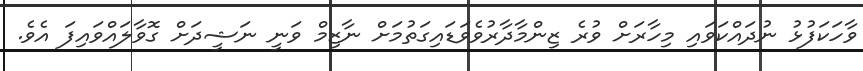
ވާހަކަފުޅު ނުދައްކަވައި މިހާރަށް ވުރެ ޒިންމާދާރުވެވަޑައިގަތުމަށް ނާޒިމް ވަނީ ނަޝީދަށް ގޮވާލައްވައިފަ އެވެ.